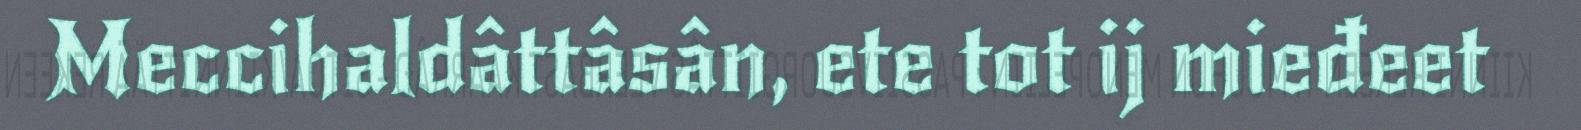
Meccihaldâttâsân, ete tot ij mieđeet